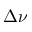
\Delta \nu